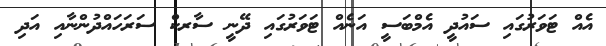
އެއް ޓަވަރުގައި ސައުދީ އެމްބަސީ އަނެއް ޓަވަރުގައި ދޭނީ ސާރކް ސަރަހައްދުންނާއި އަދި